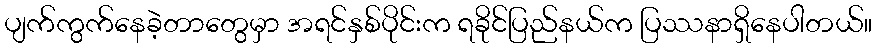
ပျက်ကွက်နေခဲ့တာတွေမှာ အရင်နှစ်ပိုင်းက ရခိုင်ပြည်နယ်က ပြဿနာရှိနေပါတယ်။